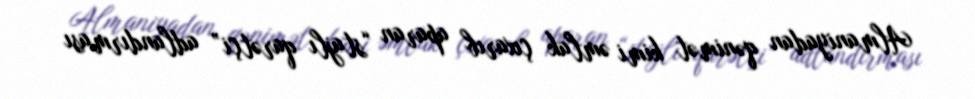
Almaniyadan qənimət kimi əmlak çıxarıb aparan “stajlı qarətçi” adlandırması